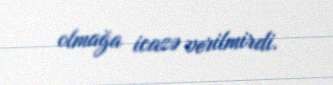
olmağa icazə verilmirdi.